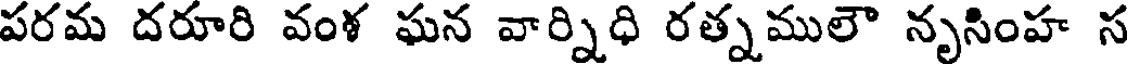
పరమ దరూరి వంళ ఘన వార్నిధి రత్నములౌ నృసింహ స